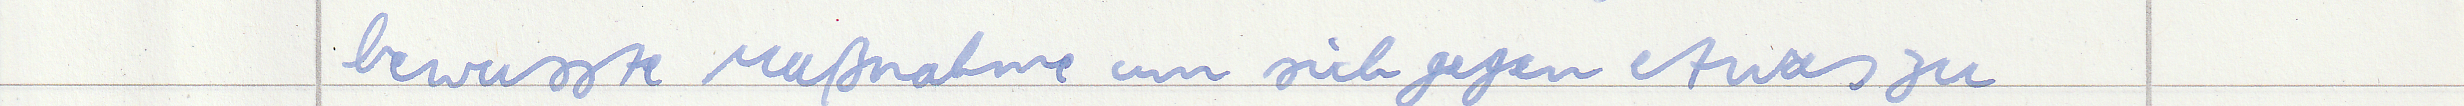
bewusste Maßnahme um sich gegen etwas zu